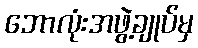
ဘောလုံးအဖွဲ့ချုပ်မှ